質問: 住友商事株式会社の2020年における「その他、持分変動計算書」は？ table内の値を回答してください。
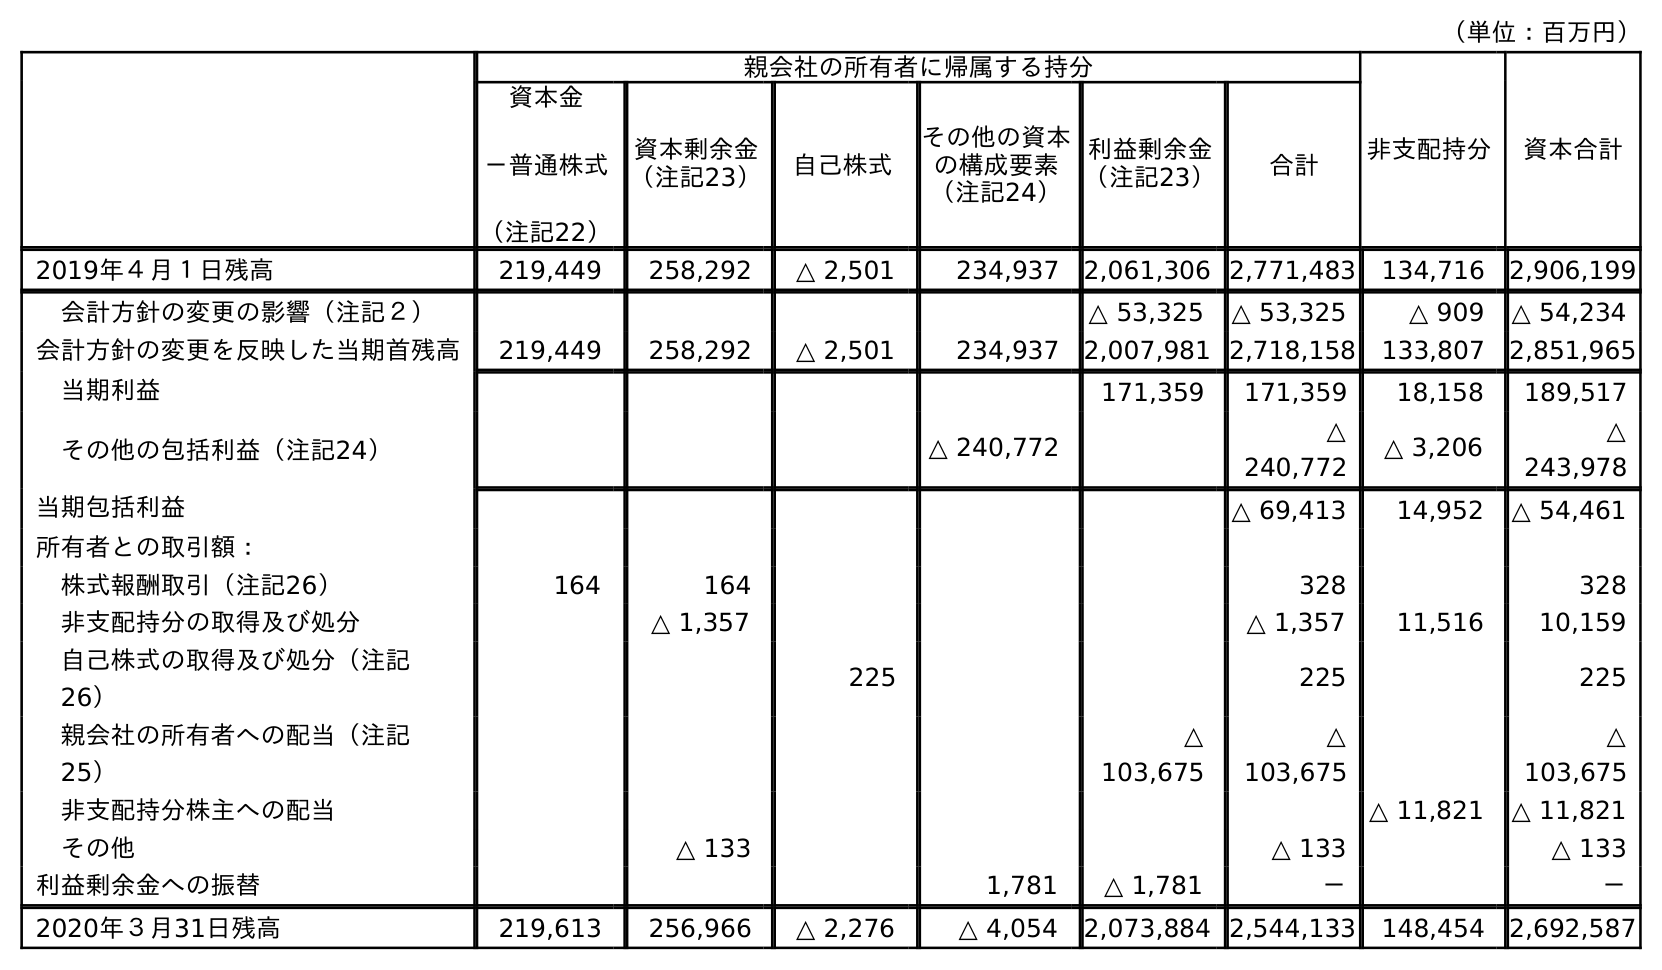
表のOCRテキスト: （単位：百万円） 親会社の所有者に帰属する持分 非支配持分 資本合計 資本金 －普通株式 （注記22） 資本剰余金 （注記23） 自己株式 その他の資本 の構成要素 （注記24） 利益剰余金 （注記23） 合計 2019年４月１日残高 219,449 258,292 △ 2,501 234,937 2,061,306 2,771,483 134,716 2,906,199 会計方針の変更の影響（注記２） △ 53,325 △ 53,325 △ 909 △ 54,234 会計方針の変更を反映した当期首残高 219,449 258,292 △ 2,501 234,937 2,007,981 2,718,158 133,807 2,851,965 当期利益 171,359 171,359 18,158 189,517 その他の包括利益（注記24） △ 240,772 △ 240,772 △ 3,206 △ 243,978 当期包括利益 △ 69,413 14,952 △ 54,461 所有者との取引額： 株式報酬取引（注記26） 164 164 328 328 非支配持分の取得及び処分 △ 1,357 △ 1,357 11,516 10,159 自己株式の取得及び処分（注記 26） 225 225 225 親会社の所有者への配当（注記 25） △ 103,675 △ 103,675 △ 103,675 非支配持分株主への配当 △ 11,821 △ 11,821 その他 △ 133 △ 133 △ 133 利益剰余金への振替 1,781 △ 1,781 － － 2020年３月31日残高 219,613 256,966 △ 2,276 △ 4,054 2,073,884 2,544,133 148,454 2,692,587
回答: △133